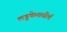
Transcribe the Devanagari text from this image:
लडुकेशतीर्थ